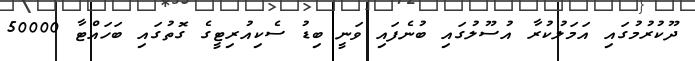
ދޫކުރުމުގައި އަމަލުކުރާ އުސޫލުގައި ބުނެފައި ވަނީ ބިޑު ސެކިއުރިޓީގެ ގޮތުގައި ބަހައްޓާ 50000